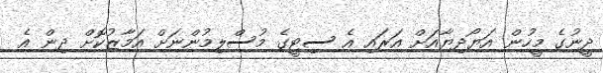
ދީނުގެ މީހުން އަޔޯދިޔާއަށް އަރައި އެ ސިޓީގެ މުސްލިމުންނަށް އަމާޒުކޮށް ދިން އެ